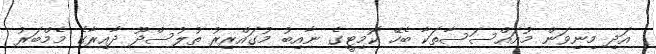
އަދި މިނިވަން މުއައްސަސާތަކާ ބެހޭ ކޮމިޓީގެ ނާއިބު މުގައްރިރު ތުލުސްދޫ ދާއިރާގެ މެމްބަރު